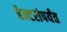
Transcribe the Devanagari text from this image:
हेक्टरांपर्यंत